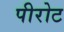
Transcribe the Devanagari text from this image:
पीरोट